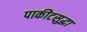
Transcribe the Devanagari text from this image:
पाकीटसुद्धा